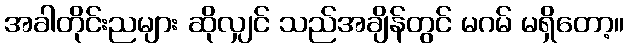
အခါတိုင်းညများ ဆိုလျှင် သည်အချိန်တွင် မဂမ် မရှိတော့။